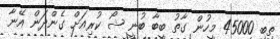
ތިބި 45000 މީހުން ގާތު ބީބާ ބުނީ ޝޯ ކުރިއަށް ގެންދަން އޭނާ